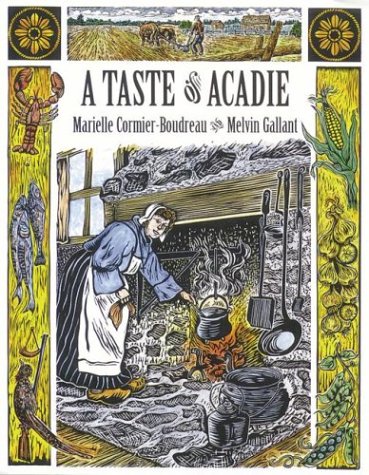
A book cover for A Taste of Acadie; Marielle Cormier-Boudreau; Cookbooks, Food & Wine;